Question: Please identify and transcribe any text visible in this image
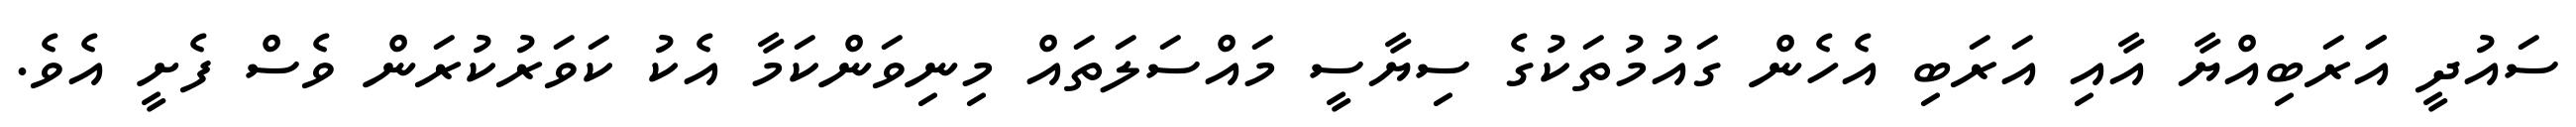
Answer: ސައުދީ އަަރަބިއްޔާ އާއި އަރަބި އެހެން ގައުމުތަކުގެ ސިޔާސީ މައްސަލަތައް މިނިވަންކަމާ އެކު ކަވަރުކުރަން ވެސް ފެށީ އެވެ.